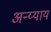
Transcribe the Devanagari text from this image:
अन्य्याय